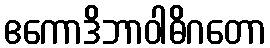
ဧကောဒိဘာဝါဓိဂတော